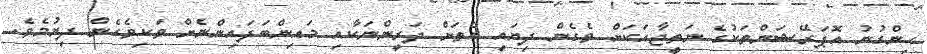
ހިންގުނު އޮޕަރޭޝަންތަކުގެ ނަތީޖާއަކަށް ވެގެން ދިޔައީ އެތަށް ދަރީންނަކާއި މައިންބަފައިންނެށް ވަކިވެގެން ދިޔުމެވެ.